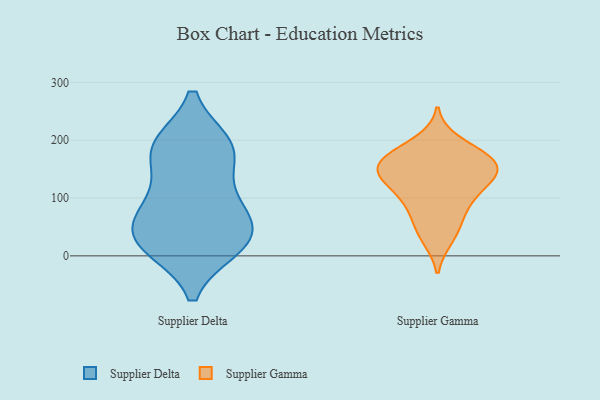
{"axis": {"x": "Headcount", "y": "Value"}, "legend": ["Supplier Delta", "Supplier Gamma"], "data": [{"x": "", "y": 37, "type": "Supplier Delta"}, {"x": "", "y": 16, "type": "Supplier Delta"}, {"x": "", "y": 75, "type": "Supplier Delta"}, {"x": "", "y": 42, "type": "Supplier Delta"}, {"x": "", "y": 191, "type": "Supplier Delta"}, {"x": "", "y": 107, "type": "Supplier Delta"}, {"x": "", "y": 23, "type": "Supplier Delta"}, {"x": "", "y": 87, "type": "Supplier Delta"}, {"x": "", "y": 190, "type": "Supplier Delta"}, {"x": "", "y": 182, "type": "Supplier Delta"}, {"x": "", "y": 18, "type": "Supplier Delta"}, {"x": "", "y": 181, "type": "Supplier Delta"}, {"x": "", "y": 129, "type": "Supplier Gamma"}, {"x": "", "y": 172, "type": "Supplier Gamma"}, {"x": "", "y": 140, "type": "Supplier Gamma"}, {"x": "", "y": 107, "type": "Supplier Gamma"}, {"x": "", "y": 157, "type": "Supplier Gamma"}, {"x": "", "y": 141, "type": "Supplier Gamma"}, {"x": "", "y": 31, "type": "Supplier Gamma"}, {"x": "", "y": 196, "type": "Supplier Gamma"}, {"x": "", "y": 83, "type": "Supplier Gamma"}, {"x": "", "y": 126, "type": "Supplier Gamma"}, {"x": "", "y": 172, "type": "Supplier Gamma"}, {"x": "", "y": 160, "type": "Supplier Gamma"}, {"x": "", "y": 164, "type": "Supplier Gamma"}, {"x": "", "y": 78, "type": "Supplier Gamma"}, {"x": "", "y": 43, "type": "Supplier Gamma"}]}